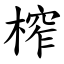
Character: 榨